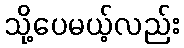
သို့ပေမယ့်လည်း